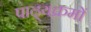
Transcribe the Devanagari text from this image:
पाढ्यक्रमों